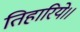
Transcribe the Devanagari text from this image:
तिहारिये।।